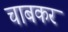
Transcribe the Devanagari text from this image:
चाबकर